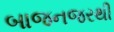
બાજનજરથી